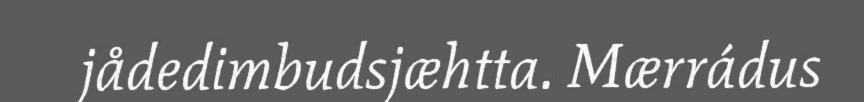
jådedimbudsjæhtta. Mærrádus